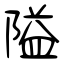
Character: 隘